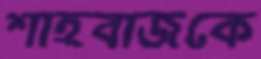
শাহবাজকে